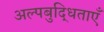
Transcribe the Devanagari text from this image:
अल्पबुद्धिताएँ